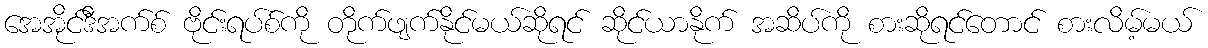
အေအိုင်ဒီအက်စ် ဗိုင်းရပ်စ်ကို တိုက်ဖျက်နိုင်မယ်ဆိုရင် ဆိုင်ယာနိုက် အဆိပ်ကို စားဆိုရင်တောင် စားလိမ့်မယ်